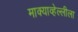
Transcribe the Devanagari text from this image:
माक्याव्हेल्लीला